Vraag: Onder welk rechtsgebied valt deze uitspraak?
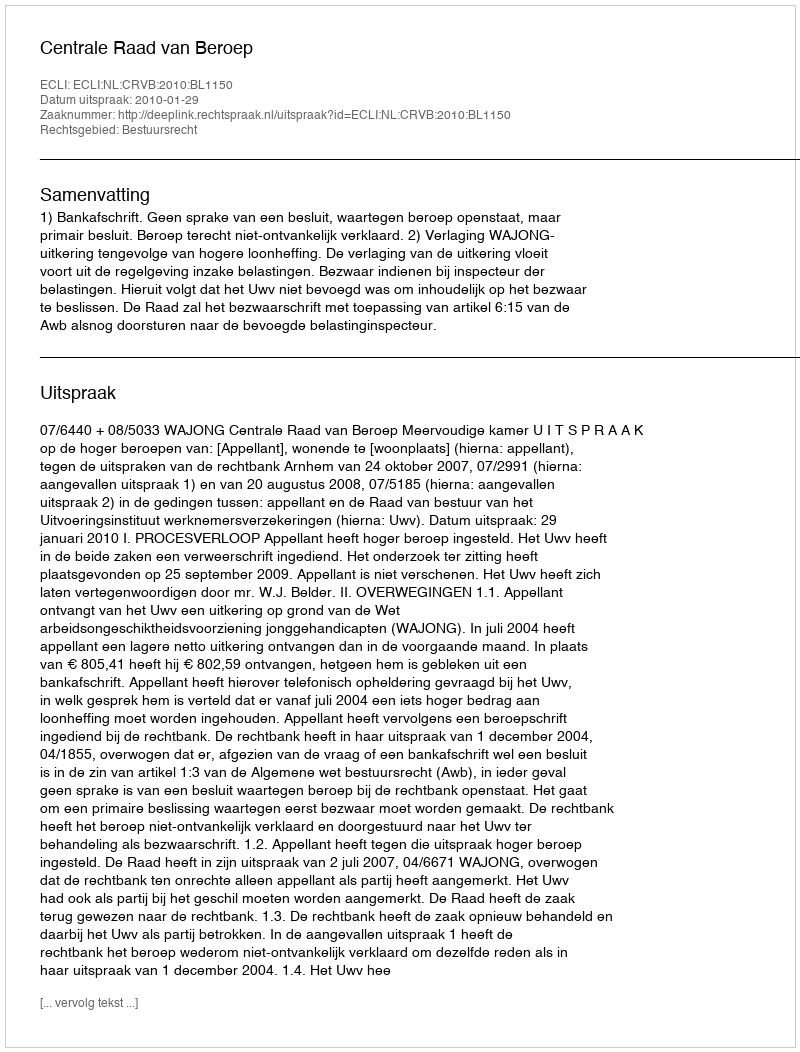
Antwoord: Bestuursrecht